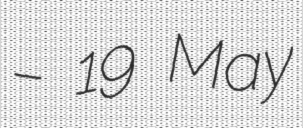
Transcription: – 19 May